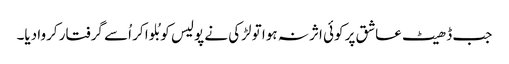
جب ڈھیٹ عاشق پر کوئی اثر نہ ہوا تو لڑکی نے پولیس کو بُلوا کر اُسے گرفتار کروا دیا۔